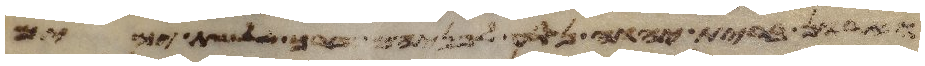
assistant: וארון ברית יהוה נסע לפניהם דרך שלשת ימים